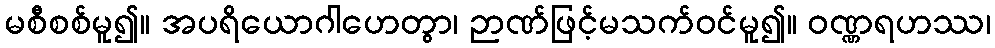
မစီစစ်မူ၍။ အပရိယောဂါဟေတွာ၊ ဉာဏ်ဖြင့်မသက်ဝင်မူ၍။ ဝဏ္ဏရဟဿ၊